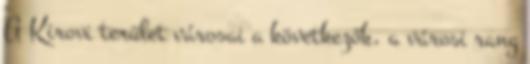
A Kirovi terület városai a következők, a városi rang